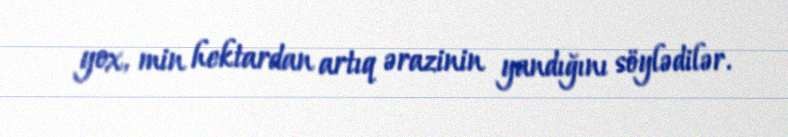
yox, min hektardan artıq ərazinin yandığını söylədilər.